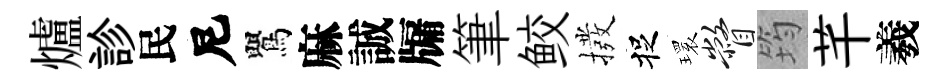
爐診民尼鸎麻誠牖筆鲛撥捉𤨔瞥筠芊羲